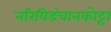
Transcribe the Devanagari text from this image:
नरियिडंचानकोट्टा